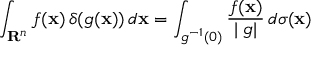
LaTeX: \int _ { \mathbf { R } ^ { n } } f ( \mathbf { x } ) \, \delta ( g ( \mathbf { x } ) ) \, d \mathbf { x } = \int _ { g ^ { - 1 } ( 0 ) } { \frac { f ( \mathbf { x } ) } { | \mathbf { \nabla } g | } } \, d \sigma ( \mathbf { x } )